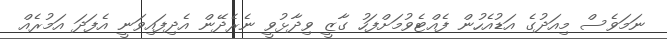
ނަމަވެސް މިއަދުގެ އަޑުއެހުން ފެއްޓެވުމަށްފަހު ގާޒީ ވިދާޅުވީ ނެރެދޭން އެދިފައިވަނީ އެފަދަ އަމުރެއް